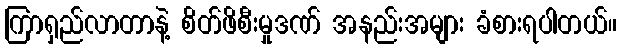
ကြာရှည်လာတာနဲ့ စိတ်ဖိစီးမှုဒဏ် အနည်းအများ ခံစားရပါတယ်။